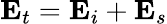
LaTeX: \mathbf{E}_{t}=\mathbf{E}_{i}+\mathbf{E}_{s}